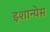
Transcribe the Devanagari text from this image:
इशान्येस